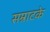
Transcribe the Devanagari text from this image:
सम्राटके